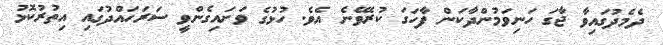
ދެމެދުގައިވާ ޖާގަ ހަނިވަމުންދާކަން ފާހަގަ ކުރެވޭނެ އެވެ. ހުޅުގެ ވަށައިގެންވީ ސަރަހައްދުގައި އިތުރުކޮޅު